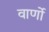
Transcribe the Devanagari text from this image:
वार्णो